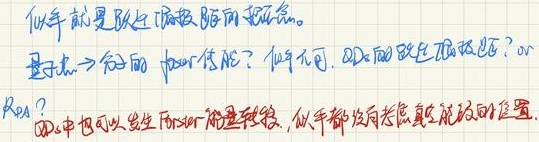
似乎就是跃迁到振前的机会。量子态→后面的 photon - 能量? 似乎不同。2D 前跃迁到振前? orRes.? QD 中也可以发生 Förster 能量转移，似乎都没有考虑真空场的位置。